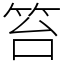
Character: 笞